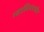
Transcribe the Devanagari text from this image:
ग्वालियरऔर